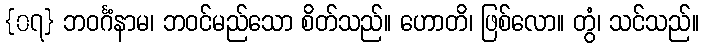
{၀၇} ဘဝင်္ဂံနာမ၊ ဘဝင်မည်သော စိတ်သည်။ ဟောတိ၊ ဖြစ်လော။ တွံ၊ သင်သည်။